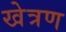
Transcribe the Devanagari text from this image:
खेत्रण